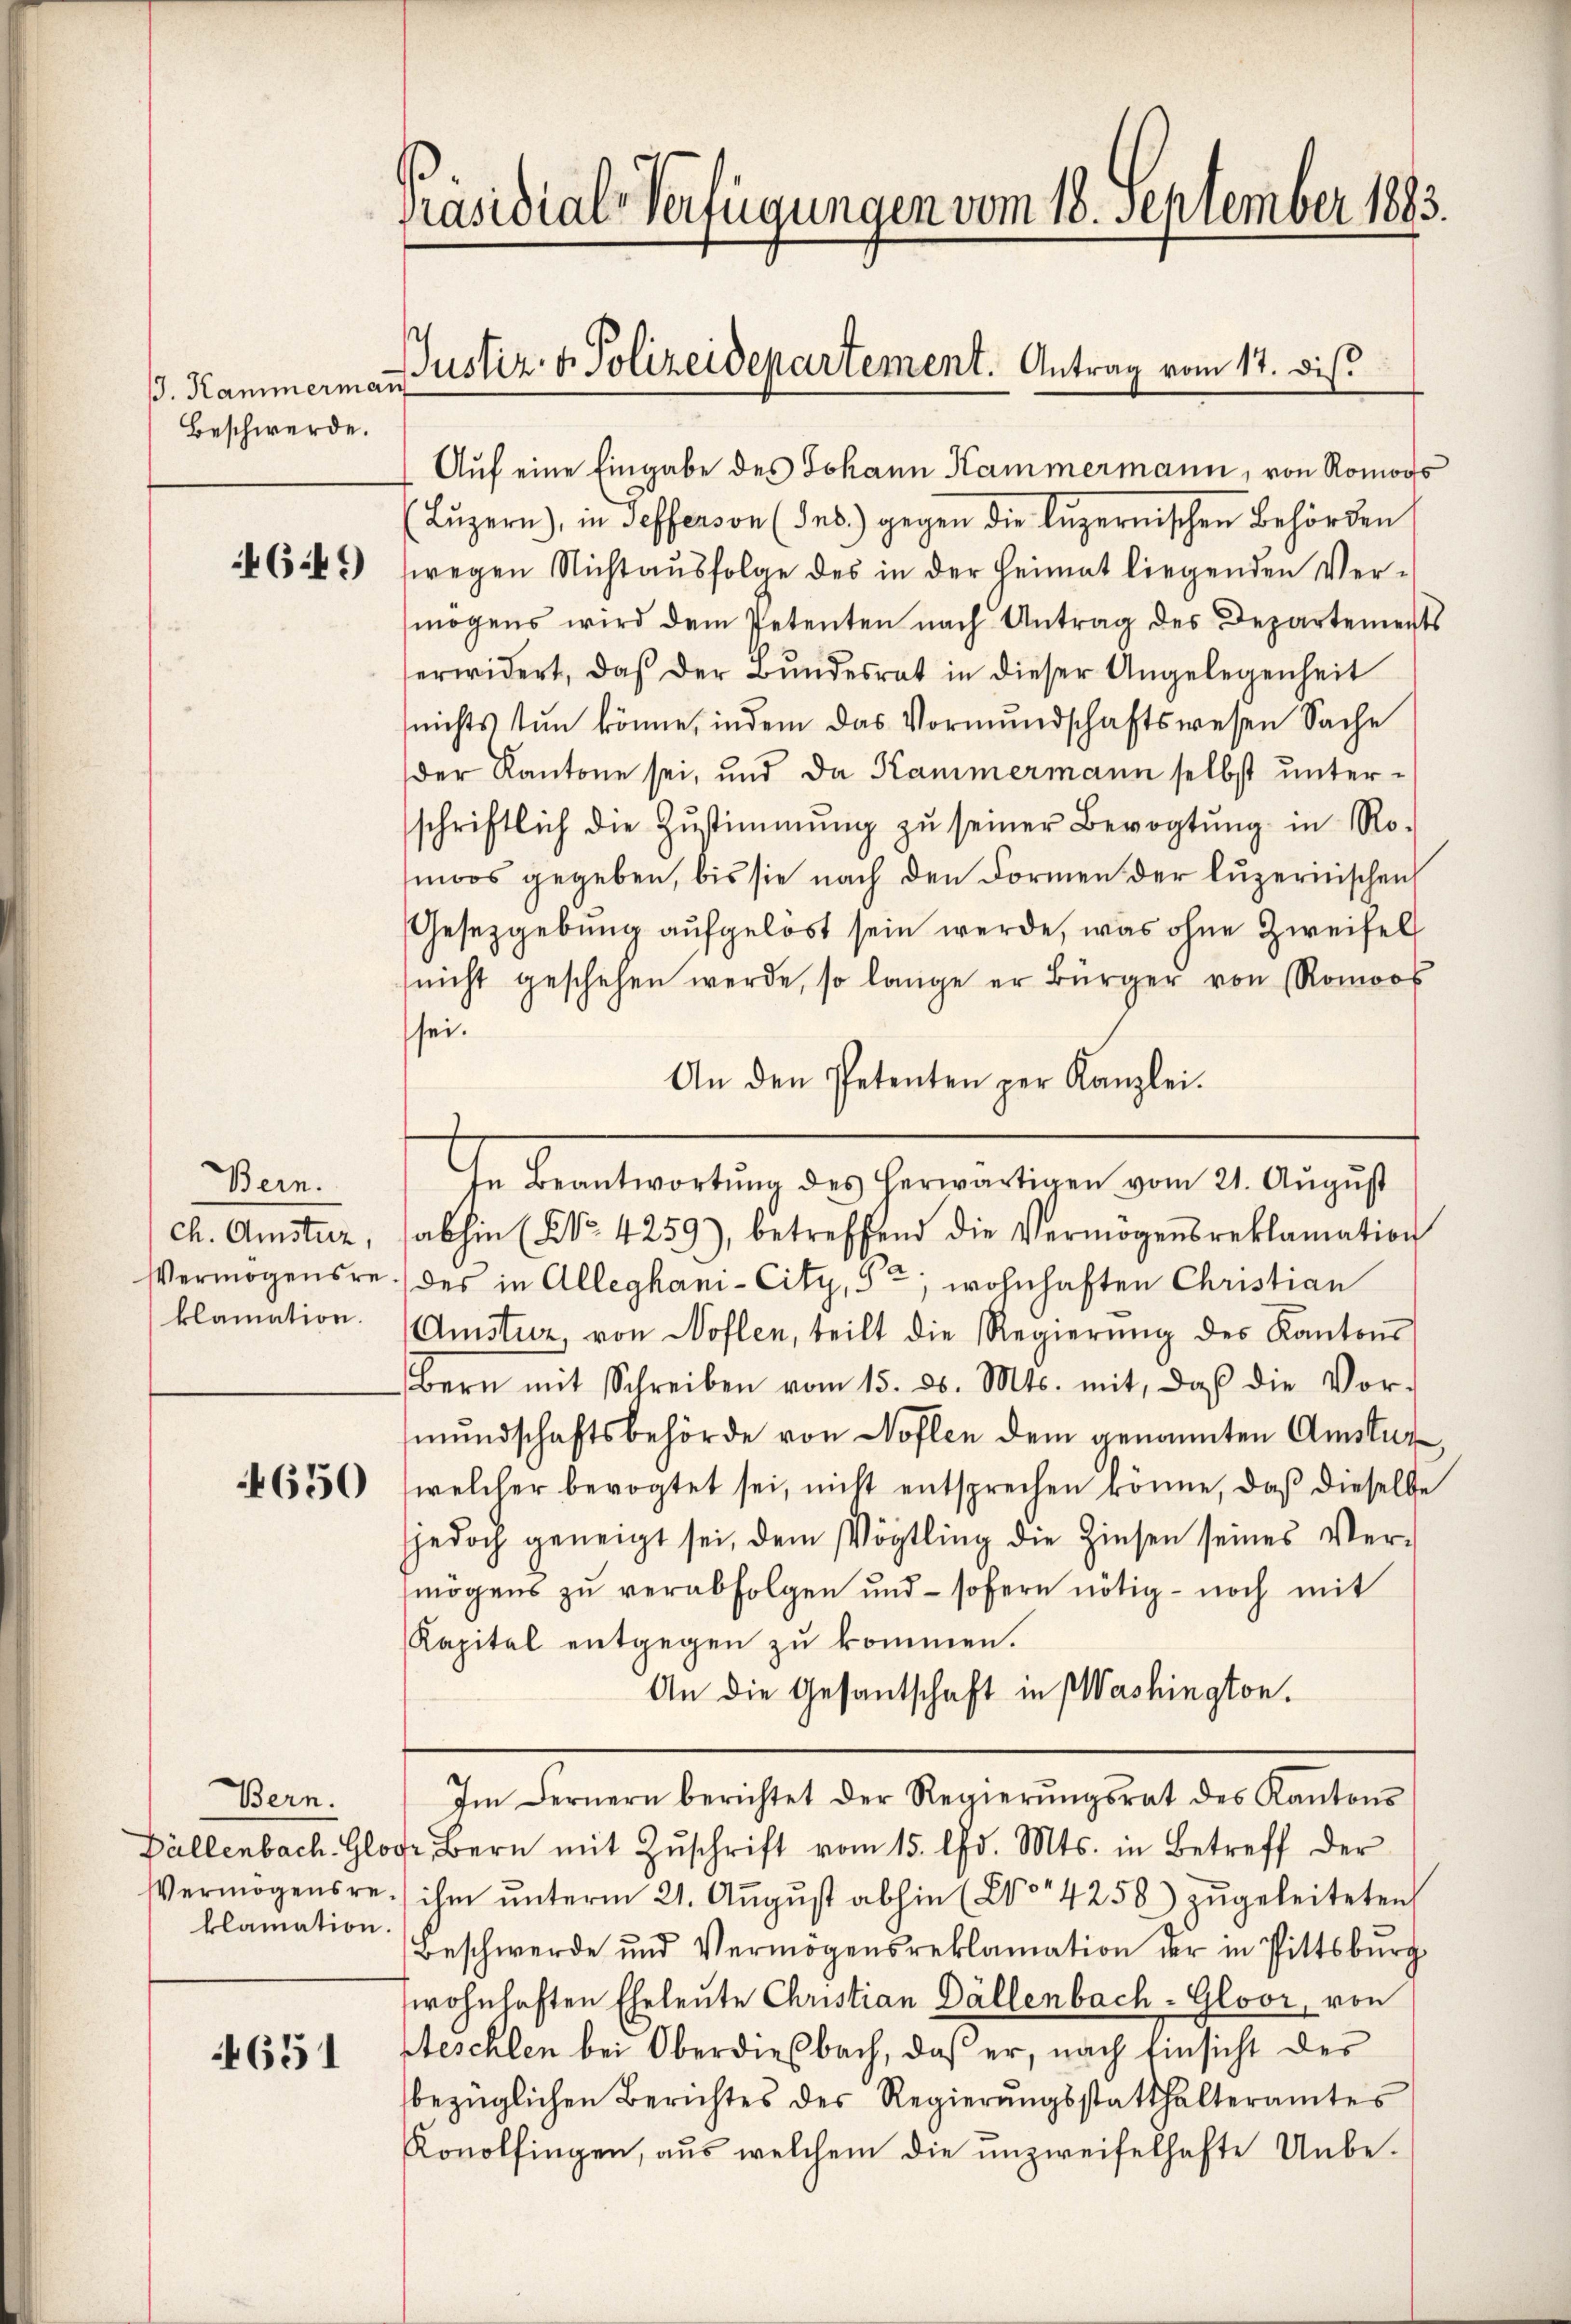
J. Kammermai
Beschwerde.

649

Bern.
ch. Amsturz,
klamation.

4650

4651

Präsidial-Verfügungen vom 18. September 1883.

Bern.
klamation.

Aŭf eine Eingabe des Johann Kammermann, von Romoos
(Luzern), in Tesserson (des) gegen die luzernischen Behörden
wegen Nichtaŭsfolge des in der Heimat liegenden Ver-
mögens wird dem Petenten nach Antrag des Departements
erwidert, daβ der Bŭndesrat in dieser Angelegenheit
(nichts tun könne, indem das Vormŭndschaftswesen Sache
der Kantone sei, und da Kammermann selbst unterschriftlich die Zŭstimmung zŭ seiner Bevogtŭng in Ro-
moos gegeben, bis sie nach den Formen der Luzernischen
Gesetzgebung aufgelöst sein werde, was ohne Zweifel
snicht geschehen werde, so lange er Bürger von Romoos
shei
An den Petenten per Kanzlei.
Ihr Senatswertung des hereringegen den 21. Aug 17.
abhin (No. 4259), betreffend die Vermögensreklamation
Vermögensre des in Alleghani-City, So, wohnhaften Christian
(Amstur, von Nohlen, teilt die Regierŭng des Kantons
Bern mit Schreiben vom 15. ds. Mts. mit, daβ die Vor-
mŭndschaftsbehörde von Noflen dem genannten Amstur
welcher bevogtet sei, nicht entsprechen könne, daß dieselbe
jedoch geneigt sei, dem Vögtling die Zinsen seines Ver-
mögens zu verabfolgen und - sofern nötig - noch mit
Kapital entgegen zu kommen.
An die Gesantschaft in Washington.
Im Fernern berichtet der Regierŭngsrat des Kantons
Fällenbach Glo Bern mit Zŭschrift vom 15. d. Mts. in Betreff der
Vermögensre ihm ŭnterm 21. Aŭgŭst abhin (204258) zŭgeleiteten
Beschwerde und Vermögensreklamation der in Pittsbŭrg
wohnhaften Eheleute Christian Dällenbach - Gloor, von
Steschlen bei Oberdiesbach, daß er, nach Einsicht der
bezüglichen Berichtes des Regierŭngsstatthalteramtes
Konolfingen, aus welchem die unzweifelhafte Unbe¬

Justiz- & Polizeidepartement. Antrag vom 17. Dis